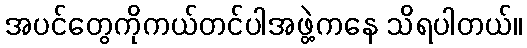
အပင်တွေကိုကယ်တင်ပါအဖွဲ့ကနေ သိရပါတယ်။